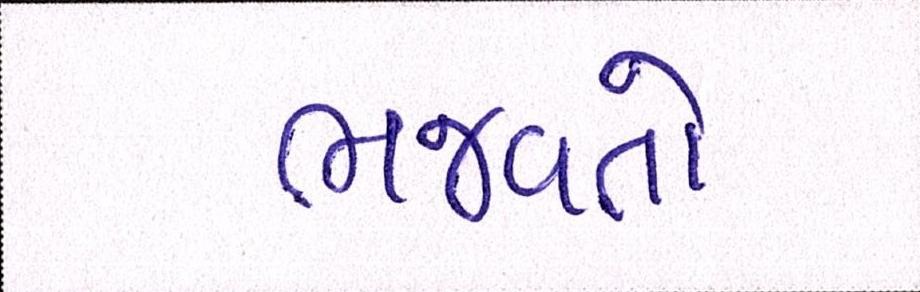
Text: ભજવતો